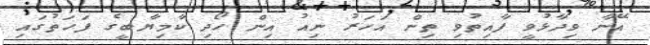
އޭނާ ވިދާޅުވީ ފާއިތުވި ތިން އަހަރު ނިއު އިން ހޯދި ކާމިޔާބީގެ ފަހަތުގައި